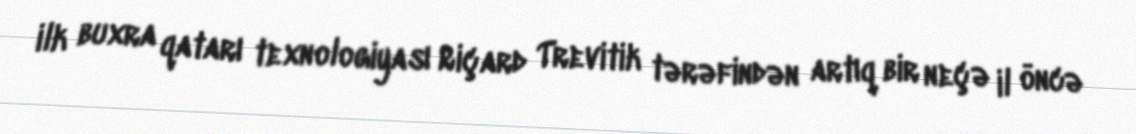
ilk buxra qatarı texnologiyası Riçard Trevitik tərəfindən artıq bir neçə il öncə